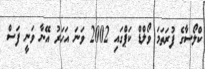
ކްލޯސާގެ ފުރަތަމަ ވޯލްޑް ކަޕްގައި 2002 ވަނަ އަހަރު އޭނާ ވަނީ ފަސް